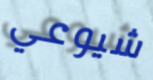
شيوعي